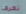
تعرف